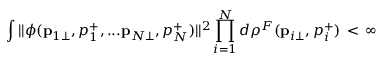
\int | | \phi ( { \bf p } _ { 1 \bot } , p _ { 1 } ^ { + } , . . . { \bf p } _ { N \bot } , p _ { N } ^ { + } ) | | ^ { 2 } \prod _ { i = 1 } ^ { N } d \rho ^ { F } ( { \bf p } _ { i \bot } , p _ { i } ^ { + } ) \, < \, \infty